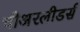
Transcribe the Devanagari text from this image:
चीअरलीडर्स